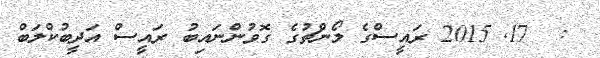
:  17